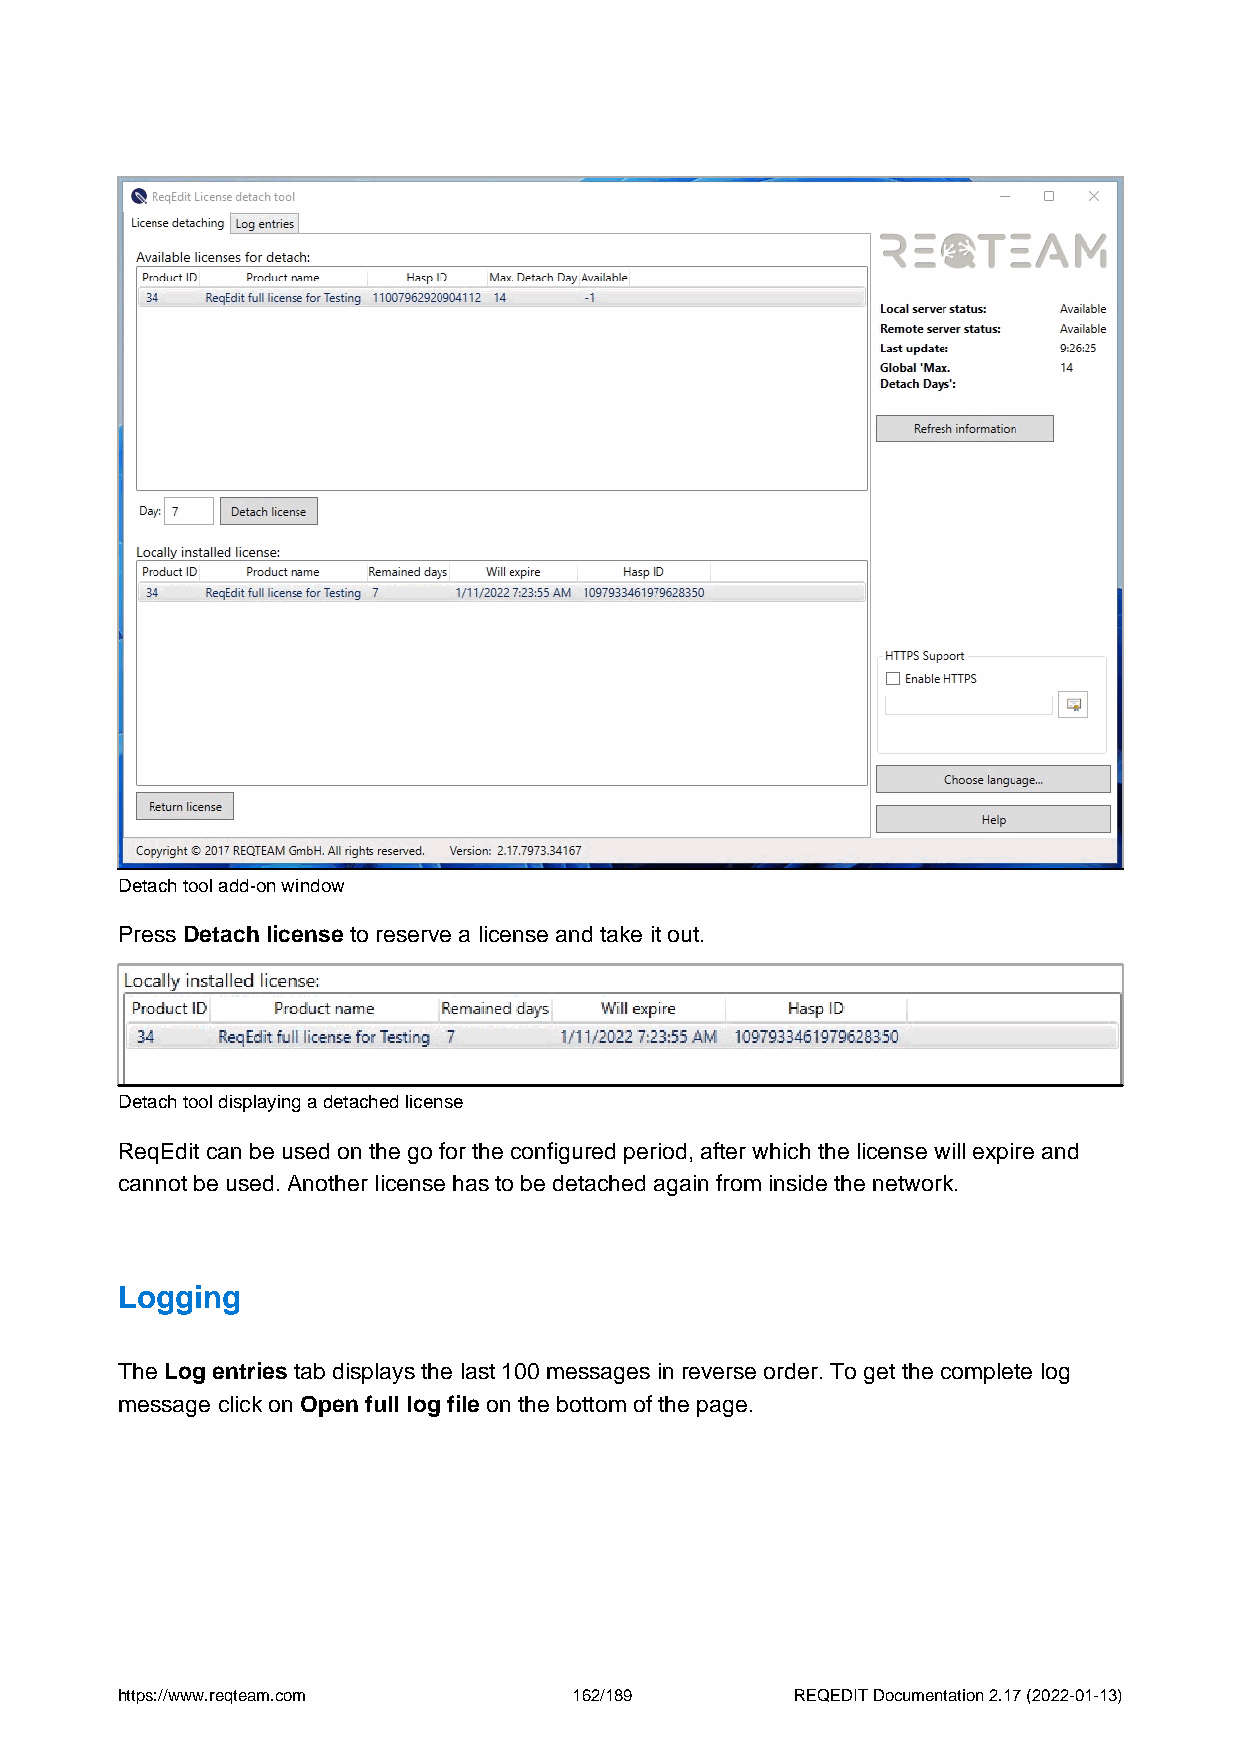
Detach tool add-on window
 Press Detach license to reserve a license and take it out.
 Detach tool displaying a detached license
 ReqEdit can be used on the go for the configured period, after which the license will expire and
 cannot be used. Another license has to be detached again from inside the network.
 Logging
 The Log entries tab displays the last 100 messages in reverse order. To get the complete log
 message click on Open full log file on the bottom of the page.
 https://www.reqteam.com       162/189        REQEDIT Documentation 2.17 (2022-01-13)